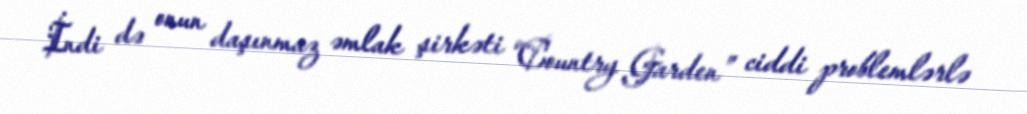
İndi də onun daşınmaz əmlak şirkəti “Country Garden” ciddi problemlərlə